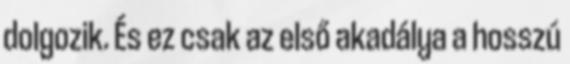
dolgozik. És ez csak az első akadálya a hosszú